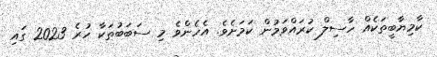
ކާމިޔާބީތަކެއް ހާސިލް ކުރައްވަމުން ކަމަށެވެ. އެހެންވެ މި ސަބަބުތަކާ ހުރެ 2023 ގައި